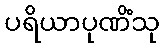
ပရိယာပုဏိံသု